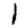
Digit: 1